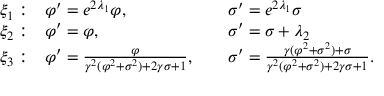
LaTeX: \begin{array} { l l l } { { { \xi } _ { 1 } : } } & { { \varphi ^ { \prime } = e ^ { 2 { \lambda } _ { 1 } } \varphi , \; \; \; \; \; } } & { { { \sigma } ^ { \prime } = e ^ { 2 { \lambda } _ { 1 } } \sigma } } \\ { { { \xi } _ { 2 } : } } & { { \varphi ^ { \prime } = \varphi , \; \; \; \; } } & { { { \sigma } ^ { \prime } = \sigma + { \lambda } _ { 2 } } } \\ { { { \xi } _ { 3 } : } } & { { \varphi ^ { \prime } = \frac { \varphi } { \gamma ^ { 2 } ( \varphi ^ { 2 } + \sigma ^ { 2 } ) + 2 \gamma \sigma + 1 } , \; \; \; \; } } & { { \sigma ^ { \prime } = \frac { \gamma ( \varphi ^ { 2 } + \sigma ^ { 2 } ) + \sigma } { \gamma ^ { 2 } ( \varphi ^ { 2 } + \sigma ^ { 2 } ) + 2 \gamma \sigma + 1 } . } } \end{array}